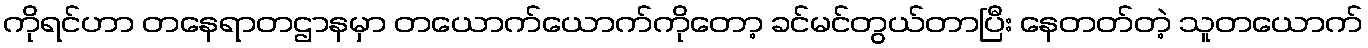
ကိုရင်ဟာ တနေရာတဌာနမှာ တယောက်ယောက်ကိုတော့ ခင်မင်တွယ်တာပြီး နေတတ်တဲ့ သူတယောက်